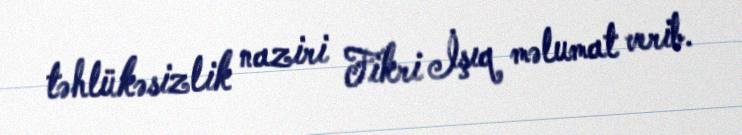
təhlükəsizlik naziri Fikri İşıq məlumat verib.